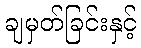
ချမှတ်ခြင်းနှင့်